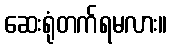
ဆေးရုံတက်ရမလား။